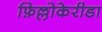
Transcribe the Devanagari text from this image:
फ़िल्लोकेरीडा